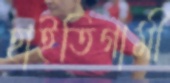
হাইতিগামী